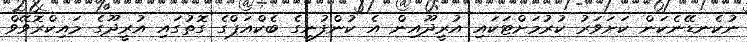
ނުކެނޑޭނެކަން ކަށަވަރު ކުރުމަށްޓަކައި އުރީދޫއިން އެ ކުންފުނީގެ ބެކްއަޕްގެ ގޮތުގައި އުރީދޫގެ މައިކްރޮވޭވް